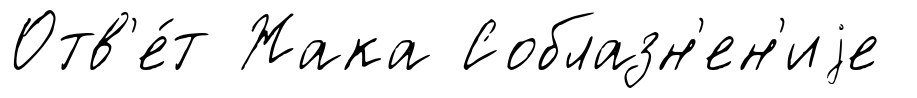
Отв'е́т Жака Соблазн'ен'иjе